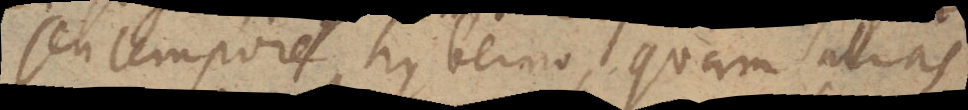
seu tempore hyberno, quam alias